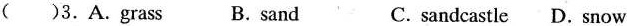
( )3.A.Grass B. sand C.sandcastle D.Snow